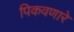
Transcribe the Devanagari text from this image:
पिकवणारे